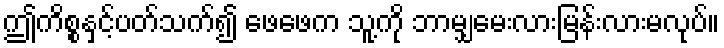
ဤကိစ္စနှင့်ပတ်သက်၍ ဖေဖေက သူ့ကို ဘာမျှမေးလားမြန်းလားမလုပ်။